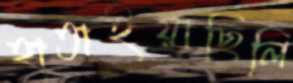
হাতাইয়াছিলি